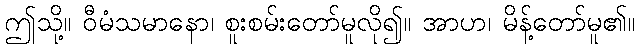
ဤသို့။ ဝီမံသမာနော၊ စူးစမ်းတော်မူလို၍။ အာဟ၊ မိန့်တော်မူ၏။